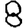
Digit: 8